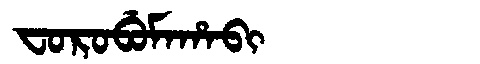
Manchu: ᠸᠣᡵᠣᠪᡠᠮᠠᡥᠠᠪᡳ
Romanization: FOROBUMAHABI